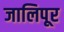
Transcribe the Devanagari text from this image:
जालिपूर